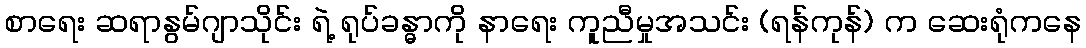
စာရေး ဆရာနွမ်ဂျာသိုင်း ရဲ့ ရုပ်ခန္ဓာကို နာရေး ကူညီမှုအသင်း (ရန်ကုန်) က ဆေးရုံကနေ